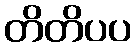
တိတိပပ